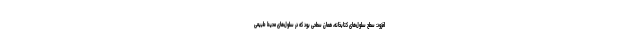
افزود: سطح سلول‌های کتابخانه، همان سطحی بود که در سلول‌های محیط طبیعی